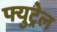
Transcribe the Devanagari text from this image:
फ्युट्रेल